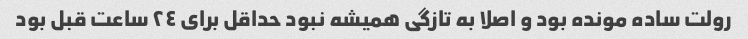
رولت ساده مونده بود و اصلا به تازگی همیشه نبود حداقل برای ٢٤ ساعت قبل بود